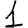
Digit: 1